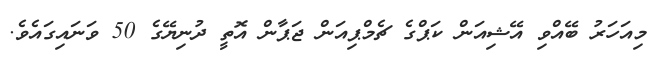
މިއަހަރު ބޭއްވި އޭޝިއަން ކަޕްގެ ޗެމްޕިއަން ޖަޕާން އޮތީ ދުނިޔޭގެ 50 ވަނައިގައެވެ.